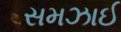
સમઝાઈ